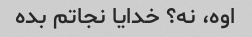
اوه، نه؟ خدایا نجاتم بده